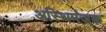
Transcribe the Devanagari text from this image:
अस्थिमंजक